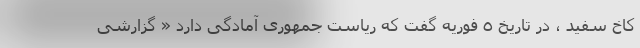
کاخ سفید ، در تاریخ ٥ فوریه گفت که ریاست جمهوری آمادگی دارد « گزارشی